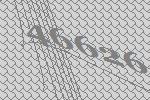
46626